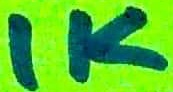
Text: 1K